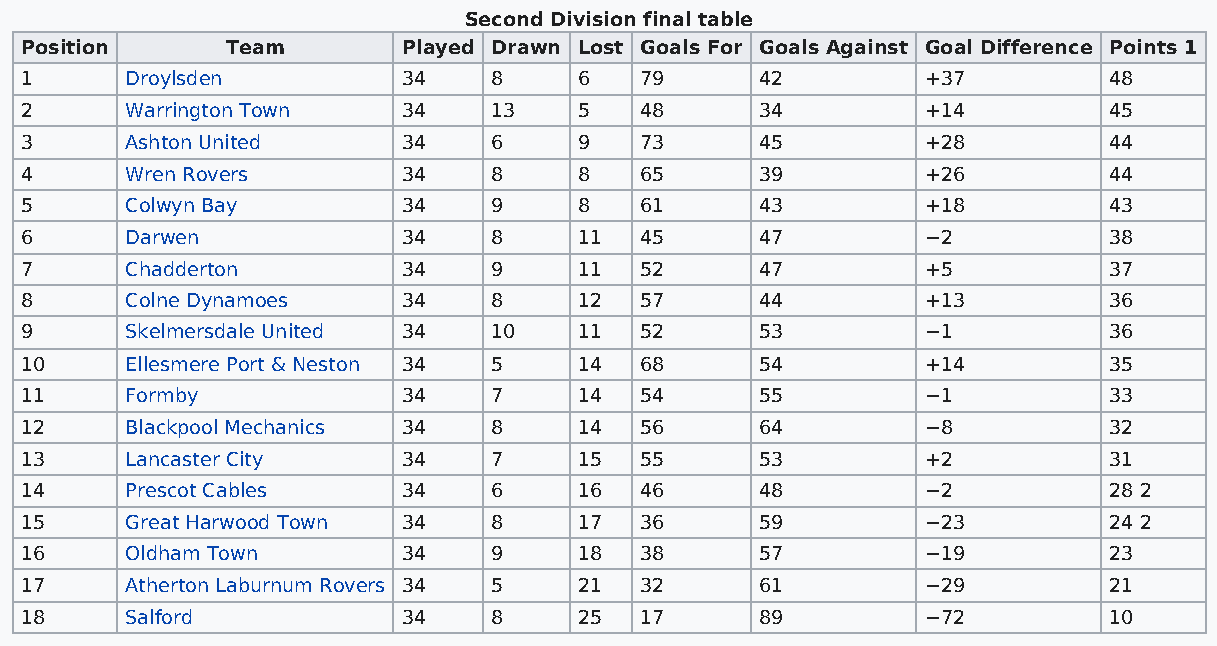
Second Division final table
 Position      Team        Played Drawn Lost Goals For Goals Against Goal Difference Points 1
 1      Droylsden          34    8    6   79      42         +37         48
 2      Warrington Town    34    13   5   48      34         +14         45
 3      Ashton United      34    6    9   73      45         +28         44
 4      Wren Rovers        34    8    8   65      39         +26         44
 5      Colwyn Bay         34    9    8   61      43         +18         43
 6      Darwen             34    8    11  45      47         −2          38
 7      Chadderton         34    9    11  52      47         +5          37
 8      Colne Dynamoes     34    8    12  57      44         +13         36
 9      Skelmersdale United 34   10   11  52      53         −1          36
 10     Ellesmere Port & Neston 34 5  14  68      54         +14         35
 11     Formby             34    7    14  54      55         −1          33
 12     Blackpool Mechanics 34   8    14  56      64         −8          32
 13     Lancaster City     34    7    15  55      53         +2          31
 14     Prescot Cables     34    6    16  46      48         −2          28 2
 15     Great Harwood Town 34    8    17  36      59         −23         24 2
 16     Oldham Town        34    9    18  38      57         −19         23
 17     Atherton Laburnum Rovers 34 5 21  32      61         −29         21
 18     Salford            34    8    25  17      89         −72         10